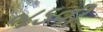
જડવી